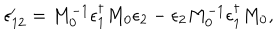
\epsilon _ { 1 2 } ^ { \prime } = M _ { 0 } ^ { - 1 } \epsilon _ { 1 } ^ { \dagger } M _ { 0 } \epsilon _ { 2 } - \epsilon _ { 2 } M _ { 0 } ^ { - 1 } \epsilon _ { 1 } ^ { \dagger } M _ { 0 } ,